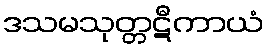
ဒသမသုတ္တဋီကာယံ